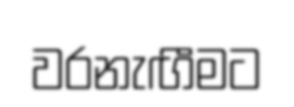
වරනැඟීමට